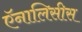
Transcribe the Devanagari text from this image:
ऍनालिसीस